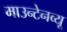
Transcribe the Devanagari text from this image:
माउन्टेनव्यू